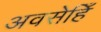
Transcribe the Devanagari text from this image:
अवसेहिँ